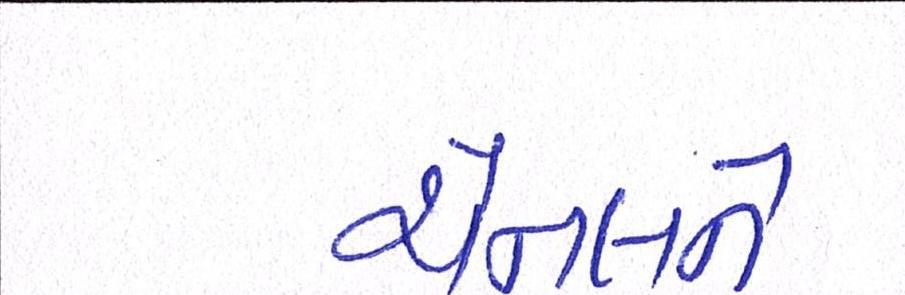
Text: ચેનલને